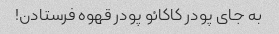
به جای پودر کاکائو پودر قهوه فرستادن!